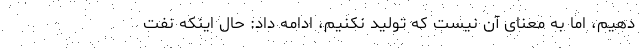
دهیم، اما به معنای آن نیست که تولید نکنیم، ادامه داد: حال اینکه نفت